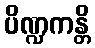
ပိဏ္ဍကန္တိ